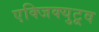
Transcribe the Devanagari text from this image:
एक्जिक्युटूव